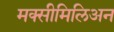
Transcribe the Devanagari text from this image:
मक्सीमिलिअन